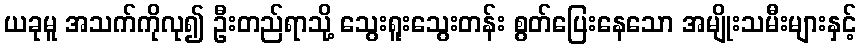
ယခုမူ အသက်ကိုလု၍ ဦးတည်ရာသို့ သွေးရူးသွေးတန်း စွတ်ပြေးနေသော အမျိုးသမီးများနှင့်